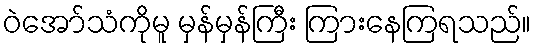
ဝဲအော်သံကိုမူ မှန်မှန်ကြီး ကြားနေကြရသည်။